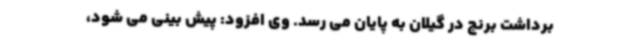
برداشت برنج در گیلان به پایان می رسد. وی افزود: پیش بینی می شود،